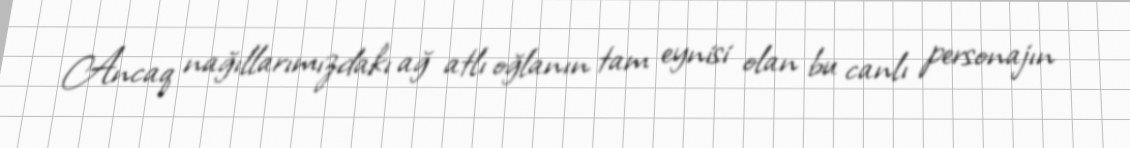
Ancaq nağıllarımızdakı ağ atlı oğlanın tam eynisi olan bu canlı personajın